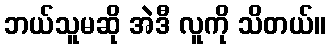
ဘယ်သူမဆို အဲဒီ လူကို သိတယ်။